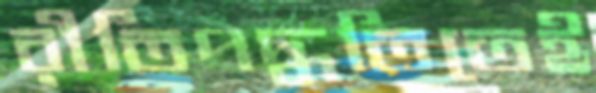
রীতিপদ্ধতিতেই